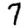
Digit: 7